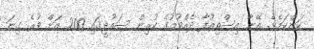
ކަންކަމެވެ. އޭނާ އިސްތިއުފާ ދެއްވުމުގެ ކުރިން ސައުދީގައި 200 އަށް ވުރެ ގިނަ